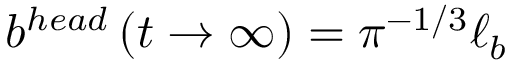
b ^ { h e a d } \left( t \to \infty \right) = \pi ^ { - 1 / 3 } \ell _ { b }